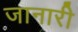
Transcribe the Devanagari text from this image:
जानारी